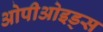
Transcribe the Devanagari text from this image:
ओपीओइड्स